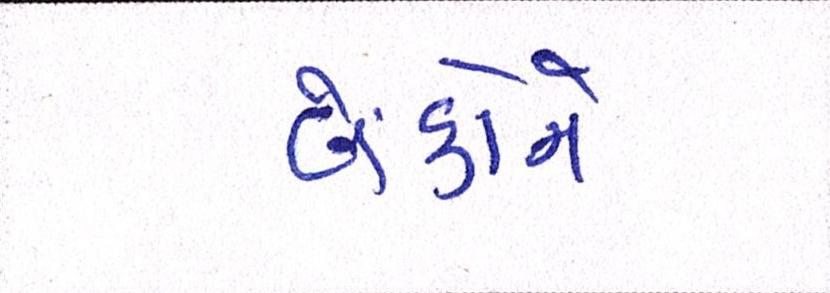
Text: બેંકોને